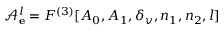
\mathcal { A } _ { \bf e } ^ { l } = F ^ { ( 3 ) } [ A _ { 0 } , A _ { 1 } , \delta _ { v } , n _ { 1 } , n _ { 2 } , l ]